Annual report on the Civil Veterinary Department, Burma (including the Insein Veterinary School) - 1923-1931
Year: 1923
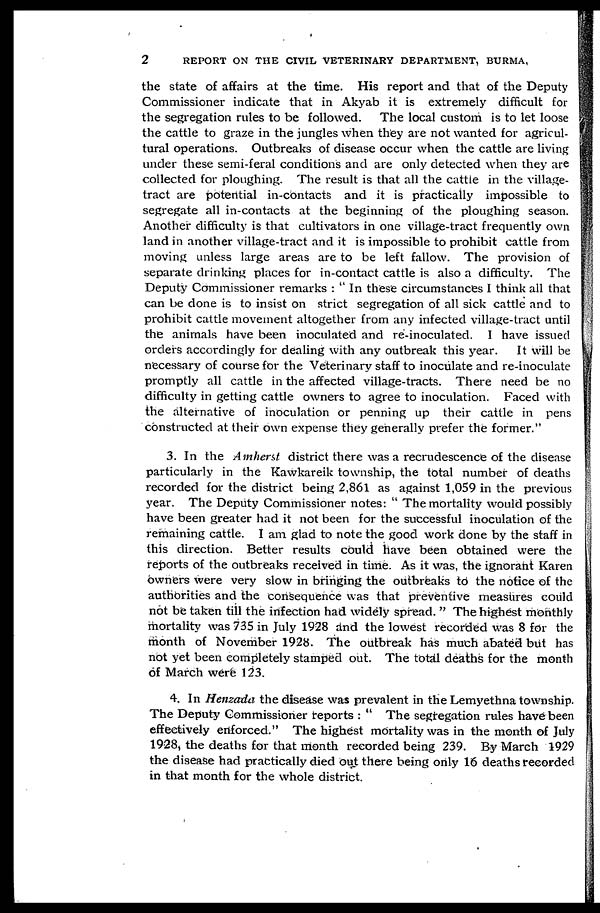
2
REPORT ON THE CIVIL VETERINARY DEPARTMENT, BURMA,
the state of affairs at the time. His report and that of the Deputy
Commissioner indicate that in Akyab it is extremely difficult for
the segregation rules to be followed. The local custom is to let loose
the cattle to graze in the jungles when they are not wanted for agricul-
tural operations. Outbreaks of disease occur when the cattle are living
under these semi-feral conditions and are only detected when they are
collected for ploughing. The result is that all the cattle in the village-
tract are potential in-contacts and it is practically impossible to
segregate all in-contacts at the beginning of the ploughing season.
Another difficulty is that cultivators in one village-tract frequently own
land in another village-tract and it is impossible to prohibit cattle from
moving unless large areas are to be left fallow. The provision of
separate drinking places for in-contact cattle is also a difficulty. The
Deputy Commissioner remarks : " In these circumstances I think all that
can be done is to insist on strict segregation of all sick cattle and to
prohibit cattle movement altogether from any infected village-tract until
the animals have been inoculated and re-inoculated. I have issued
orders accordingly for dealing with any outbreak this year.
It will be
necessary of course for the Veterinary staff to inoculate and re-inoculate
promptly all cattle in the affected village-tracts. There need be no
difficulty in getting cattle owners to agree to inoculation. Faced with
the alternative of inoculation or penning up their cattle in pens
constructed at their own expense they generally prefer the former."
3. In the Amherst district there was a recrudescence of the disease
particularly in the Kawkareik township, the total number of deaths
recorded for the district being 2,861 as against 1,059 in the previous
3'ear. The Deputy Commissioner notes: " The mortality would possibly
have been greater had it not been for the successful inoculation of the
remaining cattle. I am glad to note the good work done by the staff in
this direction. Better results could have been obtained were the
reports of the outbreaks received in time. As it was, the ignorant Karen
owners were very slow in bringing the outbreaks to the notice of the
authorities and the consequence was that preventive measures could
not be taken till the infection had widely spread. " The highest monthly
mortality was 735 in July 1928 and the lowest recorded was 8 for the
month of November 1928. The outbreak has much abated but has
not yet been completely stamped out. The total deaths for the month
of March were 123.
4. In Henzada the disease was prevalent in the Lemyethna township.
The Deputy Commissioner reports : " The segregation rules have been
effectively enforced." The highest mortality was in the month of July
1928, the deaths for that month recorded being 239. By March 1929
the disease had practically died out there being only 16 deaths recorded
in that month for the whole district.